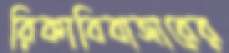
রিকাবিবাজারের